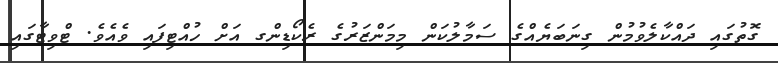
ގޮތުގައި ދައްކާލެވުމުން ގިނަބަޔެއްގެ ސަމާލުކަން މިމަންޒަރުގެ ރެކޯޑިންގ އަށް ހުއްޓިފައި ވެއެވެ. ޓްވިޓާގައި